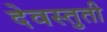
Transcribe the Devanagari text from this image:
देवस्तुती